Indian journal of veterinary science and animal husbandry - Volume 2,
Year: 1932
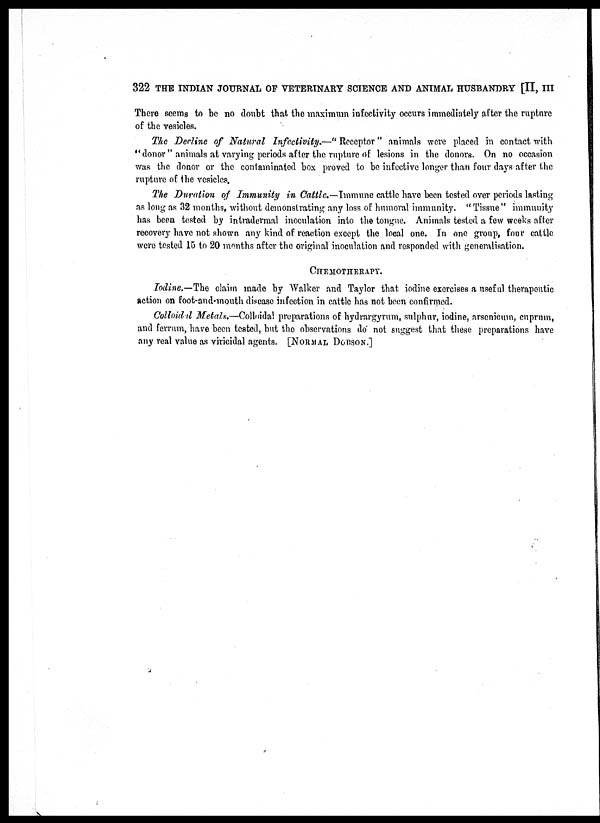
322 THE INDIAN JOURNAL OF VETERINARY SCIENCE AND ANIMAL HUSBANDRY [II, III
There seems to be no doubt that the maximum infectivity occurs immediately after the rupture
of the vesicles.
The Decline of Natural Infectivity.—" Receptor" animals were placed in contact with
"donor" animals at varying periods after the rupture of lesions in the donors. On no occasion
was the donor or the contaminated box proved to be infective longer than four days after the
rupture of the vesicles.
The Duration of Immunity in Cattle.—Immune cattle have been tested over periods lasting
as long as 32 months, without demonstrating any loss of humoral immunity. " Tissue" immunity
has been tested by intradermal inoculation into the tongue. Animals tested a few weeks after
recovery have not shown any kind of reaction except the local one. In one group, four cattle
were tested 15 to 20 months after the original inoculation and responded with generalisation.
CHEMOTHERAPY.
Iodine.—The claim made by Walker and Taylor that iodine exercises a useful therapeutic
action on foot-and-mouth disease infection in cattle has not been confirmed.
Colloidul Metals.—Colloidal preparations of hydrargyrum, sulphur, iodine, arsenicum, cuprum,
and ferrum, have been tested, but the observations do not suggest that these preparations have
any real value as viricidal agents. [NORMAL DOBSON.]